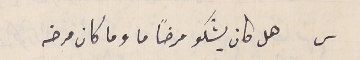
س هل كان يشكو مرضًا ما وما كان مرضه